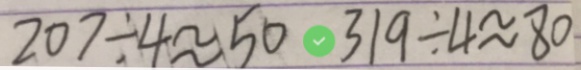
2 0 7 \div 4 \approx 5 0 3 1 9 \div 4 \approx 8 0